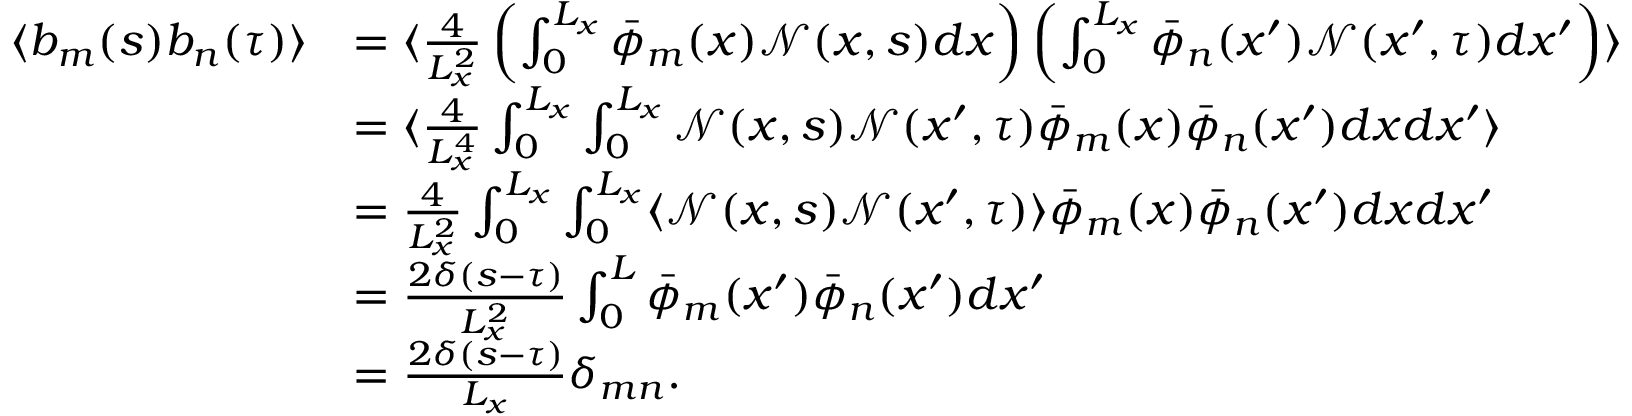
\begin{array} { r l } { \langle b _ { m } ( s ) b _ { n } ( \tau ) \rangle } & { = \langle \frac { 4 } { L _ { x } ^ { 2 } } \left( \int _ { 0 } ^ { L _ { x } } \bar { \phi } _ { m } ( x ) \mathcal { N } ( x , s ) d x \right) \left( \int _ { 0 } ^ { L _ { x } } \bar { \phi } _ { n } ( x ^ { \prime } ) \mathcal { N } ( x ^ { \prime } , \tau ) d x ^ { \prime } \right) \rangle } \\ & { = \langle \frac { 4 } { L _ { x } ^ { 4 } } \int _ { 0 } ^ { L _ { x } } \int _ { 0 } ^ { L _ { x } } \mathcal { N } ( x , s ) \mathcal { N } ( x ^ { \prime } , \tau ) \bar { \phi } _ { m } ( x ) \bar { \phi } _ { n } ( x ^ { \prime } ) d x d x ^ { \prime } \rangle } \\ & { = \frac { 4 } { L _ { x } ^ { 2 } } \int _ { 0 } ^ { L _ { x } } \int _ { 0 } ^ { L _ { x } } \langle \mathcal { N } ( x , s ) \mathcal { N } ( x ^ { \prime } , \tau ) \rangle \bar { \phi } _ { m } ( x ) \bar { \phi } _ { n } ( x ^ { \prime } ) d x d x ^ { \prime } } \\ & { = \frac { 2 \delta ( s - \tau ) } { L _ { x } ^ { 2 } } \int _ { 0 } ^ { L } \bar { \phi } _ { m } ( x ^ { \prime } ) \bar { \phi } _ { n } ( x ^ { \prime } ) d x ^ { \prime } } \\ & { = \frac { 2 \delta ( s - \tau ) } { L _ { x } } \delta _ { m n } . } \end{array}